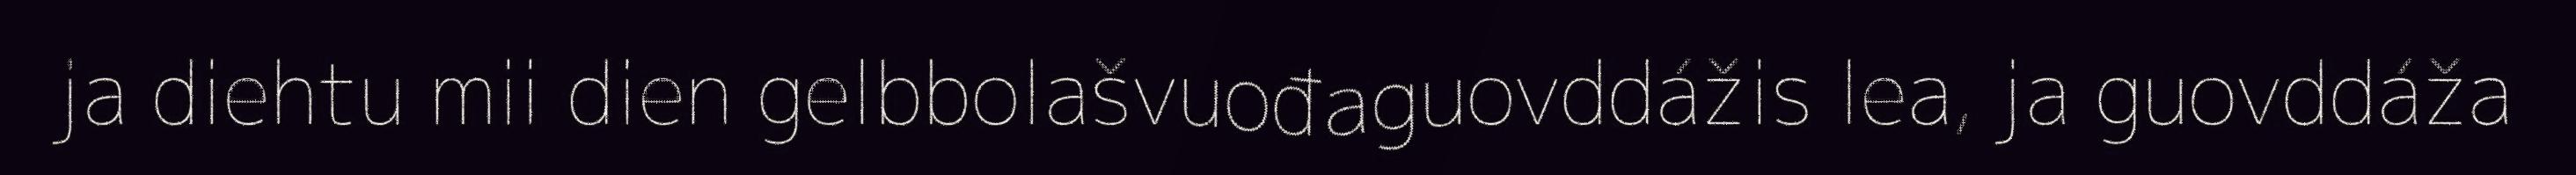
ja diehtu mii dien gelbbolašvuođaguovddážis lea, ja guovddáža